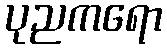
ပုညကရော